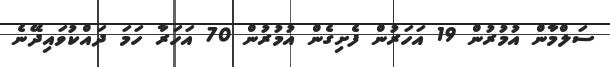
ސަލްމާން އުމުރުން 19 އަހަރުން ފެށިގެން އުމުރުން 70 އަހަރާ ހަމަ ދައްކުވައިދޭނެ